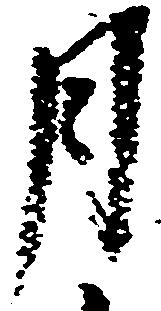
月